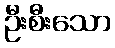
ဦးစီးသော